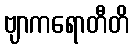
ဗျာကရောတီတိ